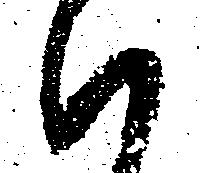
ハ